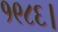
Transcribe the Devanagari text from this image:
१९८६।